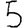
Digit: 5